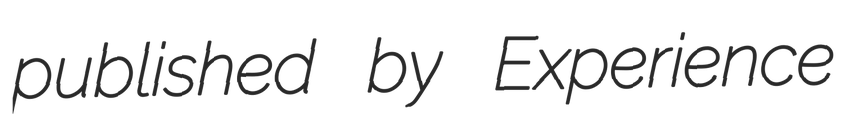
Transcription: published by Experience